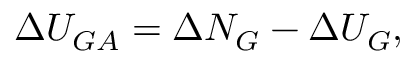
\Delta U _ { G A } = \Delta N _ { G } - \Delta U _ { G } ,